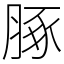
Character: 䐁